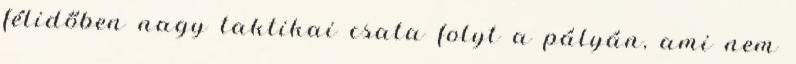
félidőben nagy taktikai csata folyt a pályán, ami nem